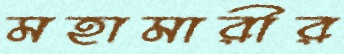
মহামারীর